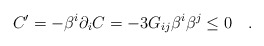
\begin{align*}C' = - \beta^i\partial_i C = - 3 G_{ij}\beta^i\beta^j \leq 0\quad.\end{align*}